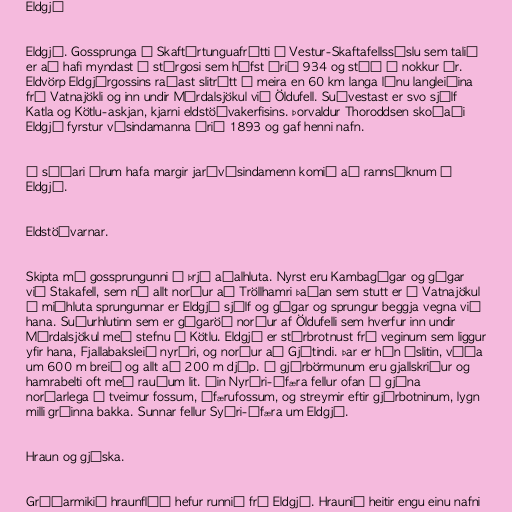
Eldgjá

Eldgjá. Gossprunga á Skaftártunguafrétti í Vestur-Skaftafellssýslu sem talið
er að hafi myndast í stórgosi sem hófst árið 934 og stóð í nokkur ár.
Eldvörp Eldgjárgossins raðast slitrótt á meira en 60 km langa línu langleiðina
frá Vatnajökli og inn undir Mýrdalsjökul við Öldufell. Suðvestast er svo sjálf
Katla og Kötlu-askjan, kjarni eldstöðvakerfisins. Þorvaldur Thoroddsen skoðaði
Eldgjá fyrstur vísindamanna árið 1893 og gaf henni nafn.

Á síðari árum hafa margir jarðvísindamenn komið að rannsóknum á
Eldgjá.

Eldstöðvarnar.

Skipta má gossprungunni í þrjá aðalhluta. Nyrst eru Kambagígar og gígar
við Stakafell, sem ná allt norður að Tröllhamri þaðan sem stutt er í Vatnajökul
Á miðhluta sprungunnar er Eldgjá sjálf og gígar og sprungur beggja vegna við
hana. Suðurhlutinn sem er gígaröð norður af Öldufelli sem hverfur inn undir
Mýrdalsjökul með stefnu á Kötlu. Eldgjá er stórbrotnust frá veginum sem liggur
yfir hana, Fjallabaksleið nyrðri, og norður að Gjátindi. Þar er hún óslitin, víða
um 600 m breið og allt að 200 m djúp. Í gjárbörmunum eru gjallskriður og
hamrabelti oft með rauðum lit. Áin Nyrðri-Ófæra fellur ofan í gjána
norðarlega í tveimur fossum, Ófærufossum, og streymir eftir gjárbotninum, lygn
milli gróinna bakka. Sunnar fellur Syðri-Ófæra um Eldgjá.

Hraun og gjóska.

Gríðarmikið hraunflóð hefur runnið frá Eldgjá. Hraunið heitir engu einu nafni